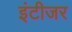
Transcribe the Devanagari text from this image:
इंटीजर